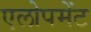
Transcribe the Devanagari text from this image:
एलोपमेंट